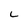
Character: L